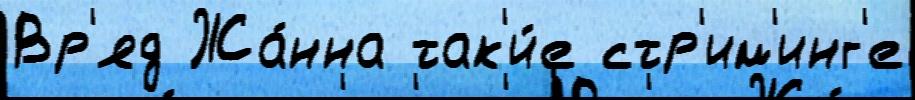
Вр'яд Жа́нна так'и́е стр'им'инг'е